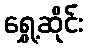
ရွှေ့ဆိုင်း